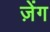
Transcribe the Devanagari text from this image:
ज़ेंग